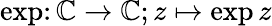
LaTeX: \exp\colon\mathbb{C}\to\mathbb{C};z\mapsto\exp z